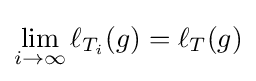
\lim _{i\to \infty }\ell _{T_{i}}(g)=\ell _{T}(g)